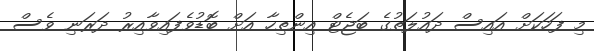
މި ފަހަކަށް އައިސް ދައުލަތުގެ ބަޖެޓް އިންތިހާ އަށް ބޮޑުވެފައިވާއިރު ދަރަނި ވެސް